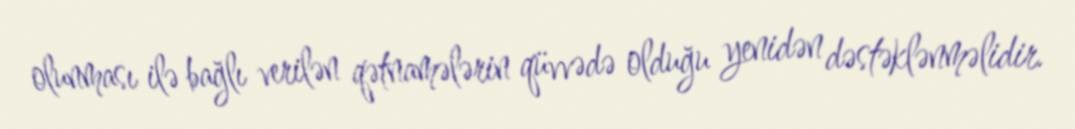
olunması ilə bağlı verilən qətnamələrin qüvvədə olduğu yenidən dəstəklənməlidir.